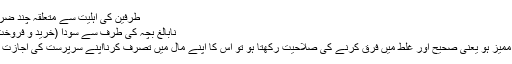
طرفین کی اہلیت سے متعلقہ چند ضروری وضاحتیں:
نابالغ بچہ کی طرف سے سودا (خرید و فروخت)کرنے کا حکم
 اگرنابالغ بچہ ممیّز ہو یعنی صحیح اور غلط میں فرق کرنے کی صلاحیت رکھتا ہو تو اُس کا اپنے مال میں تصرّف کرنااپنے سرپرست کی اجازت سے درست ہے۔